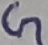
Text: G